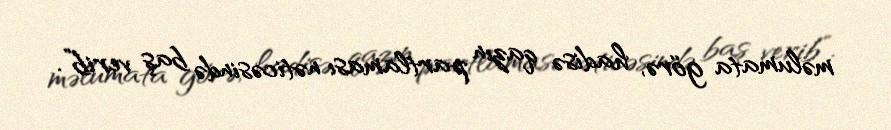
məlumata görə, hadisə qazın partlaması nəticəsində baş verib”.